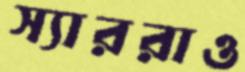
স্যাররাও